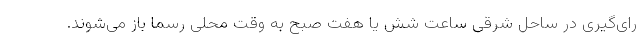
رای‌گیری در ساحل شرقی ساعت شش یا هفت صبح به وقت محلی رسما باز می‌شوند.